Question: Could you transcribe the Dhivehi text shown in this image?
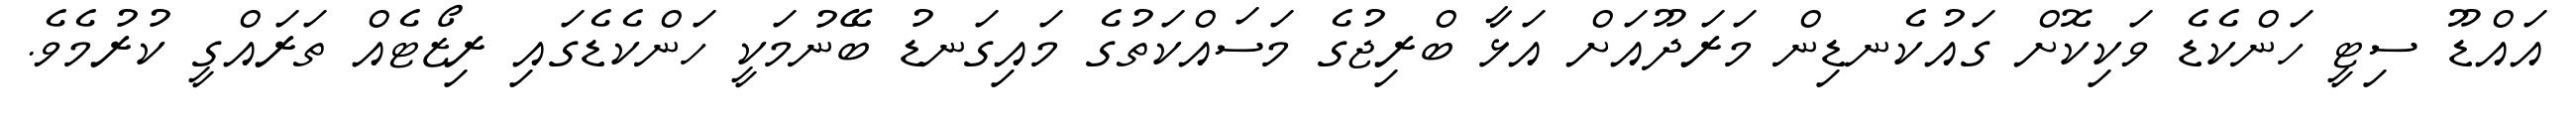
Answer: އައްޑޫ ސިޓީ ހަންކެޑެ ވަކިކޮށް ގައުކެނޑިން މަރަދޫއަށް އަޅާ ބްރިޖުގެ މަސައްކަތުގެ މައިގަނޑު ބޭނުމަކީ ހަންކެޑެގައި ރިޒޯޓެއް ތަރައްގީ ކުރުމެވެ.